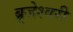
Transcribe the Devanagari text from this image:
ब्रृजेश्वरी